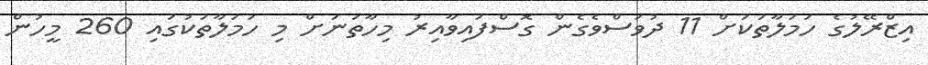
އިޒްރޭލުގެ ހަމަލާތަކަށް 11 ދުވަސްވެގެން ގޮސްފައިވާއިރު މިހާތަނަށް މި ހަމަލާތަކުގައި 260 މީހުން